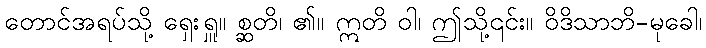
တောင်အရပ်သို့ ရှေးရှူ။ စ္ဆတိ၊ ၏။ ဣတိ ဝါ၊ ဤသို့၎င်း။ ဝိဒိသာဘိ-မုခေါ၊